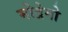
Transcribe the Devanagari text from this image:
मोद्रेगो